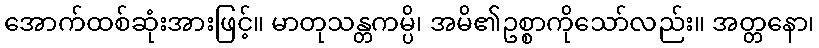
အောက်ထစ်ဆုံးအားဖြင့်။ မာတုသန္တကမ္ပိ၊ အမိ၏ဥစ္စာကိုသော်လည်း။ အတ္တနော၊